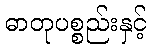
ဓာတုပစ္စည်းနှင့်